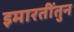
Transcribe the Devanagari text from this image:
इमारतींतुन